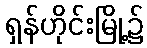
ရှန်ဟိုင်းမြို့၌